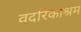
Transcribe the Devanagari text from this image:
वदरिकाश्रम